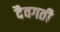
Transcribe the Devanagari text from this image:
दैवगती